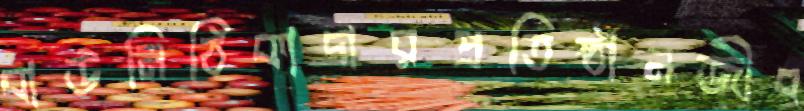
বাউনিঠিকাদারপ্রতিষ্ঠানজীব